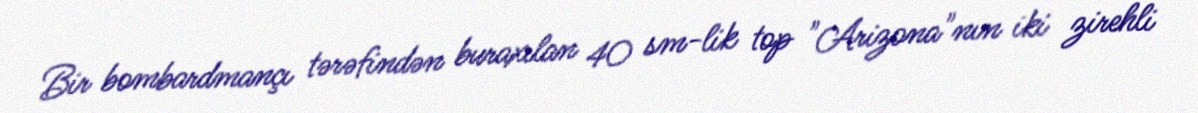
Bir bombardmançı tərəfindən buraxılan 40 sm-lik top "Arizona"nın iki zirehli